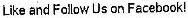
LIKE AND FOLLOW US ON FACEBOOK!